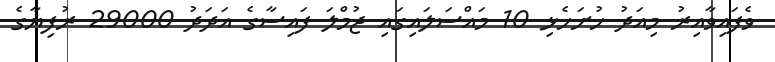
ވެފައިވާއިރު މިއަދު ހުށަހެޅި 10 މައްސަލައިގައި ޖުމްލަ ފައިސާގެ އަދަދު 29000 ރުފިޔާގެ